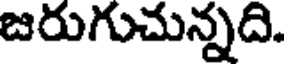
జరుగుచున్నది.